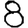
Digit: 8